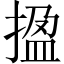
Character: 㨕